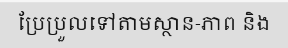
ប្រែប្រួលទៅតាមស្ថាន-ភាព និង